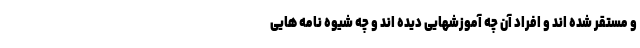
و مستقر شده اند و افراد آن چه آموزشهایی دیده اند و چه شیوه نامه هایی